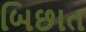
બિછાત